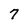
Character: 7